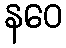
နဝေ